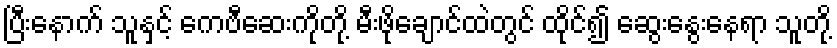
ပြီးနောက် သူနှင့် ကေဗီဆေးကိုတို့ မီးဖိုချောင်ထဲတွင် ထိုင်၍ ဆွေးနွေးနေရာ သူတို့